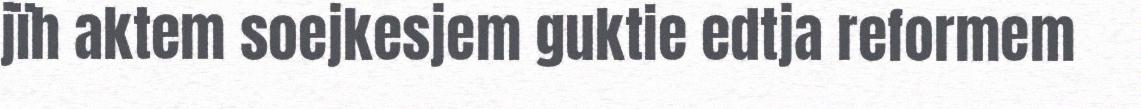
jïh aktem soejkesjem guktie edtja reformem